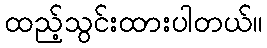
ထည့်သွင်းထားပါတယ်။